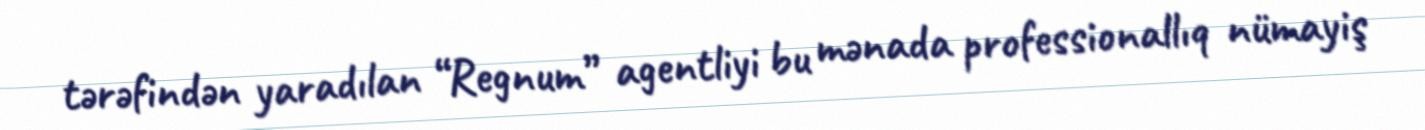
tərəfindən yaradılan “Regnum” agentliyi bu mənada professionallıq nümayiş